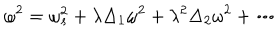
LaTeX: \omega ^ { 2 } = \omega _ { s } ^ { 2 } + \lambda \Delta _ { 1 } \omega ^ { 2 } + \lambda ^ { 2 } \Delta _ { 2 } \omega ^ { 2 } + \cdots